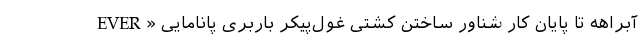
آبراهه تا پایان کار شناور ساختن کشتی غول‌پیکر باربری پانامایی «EVER